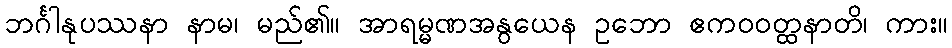
ဘင်္ဂါနုပဿနာ နာမ၊ မည်၏။ အာရမ္မဏအနွယေန ဥဘော ဧကဝဝတ္ထနာတိ၊ ကား။